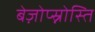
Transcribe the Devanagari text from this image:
बेज़ोप्स्नोस्ति